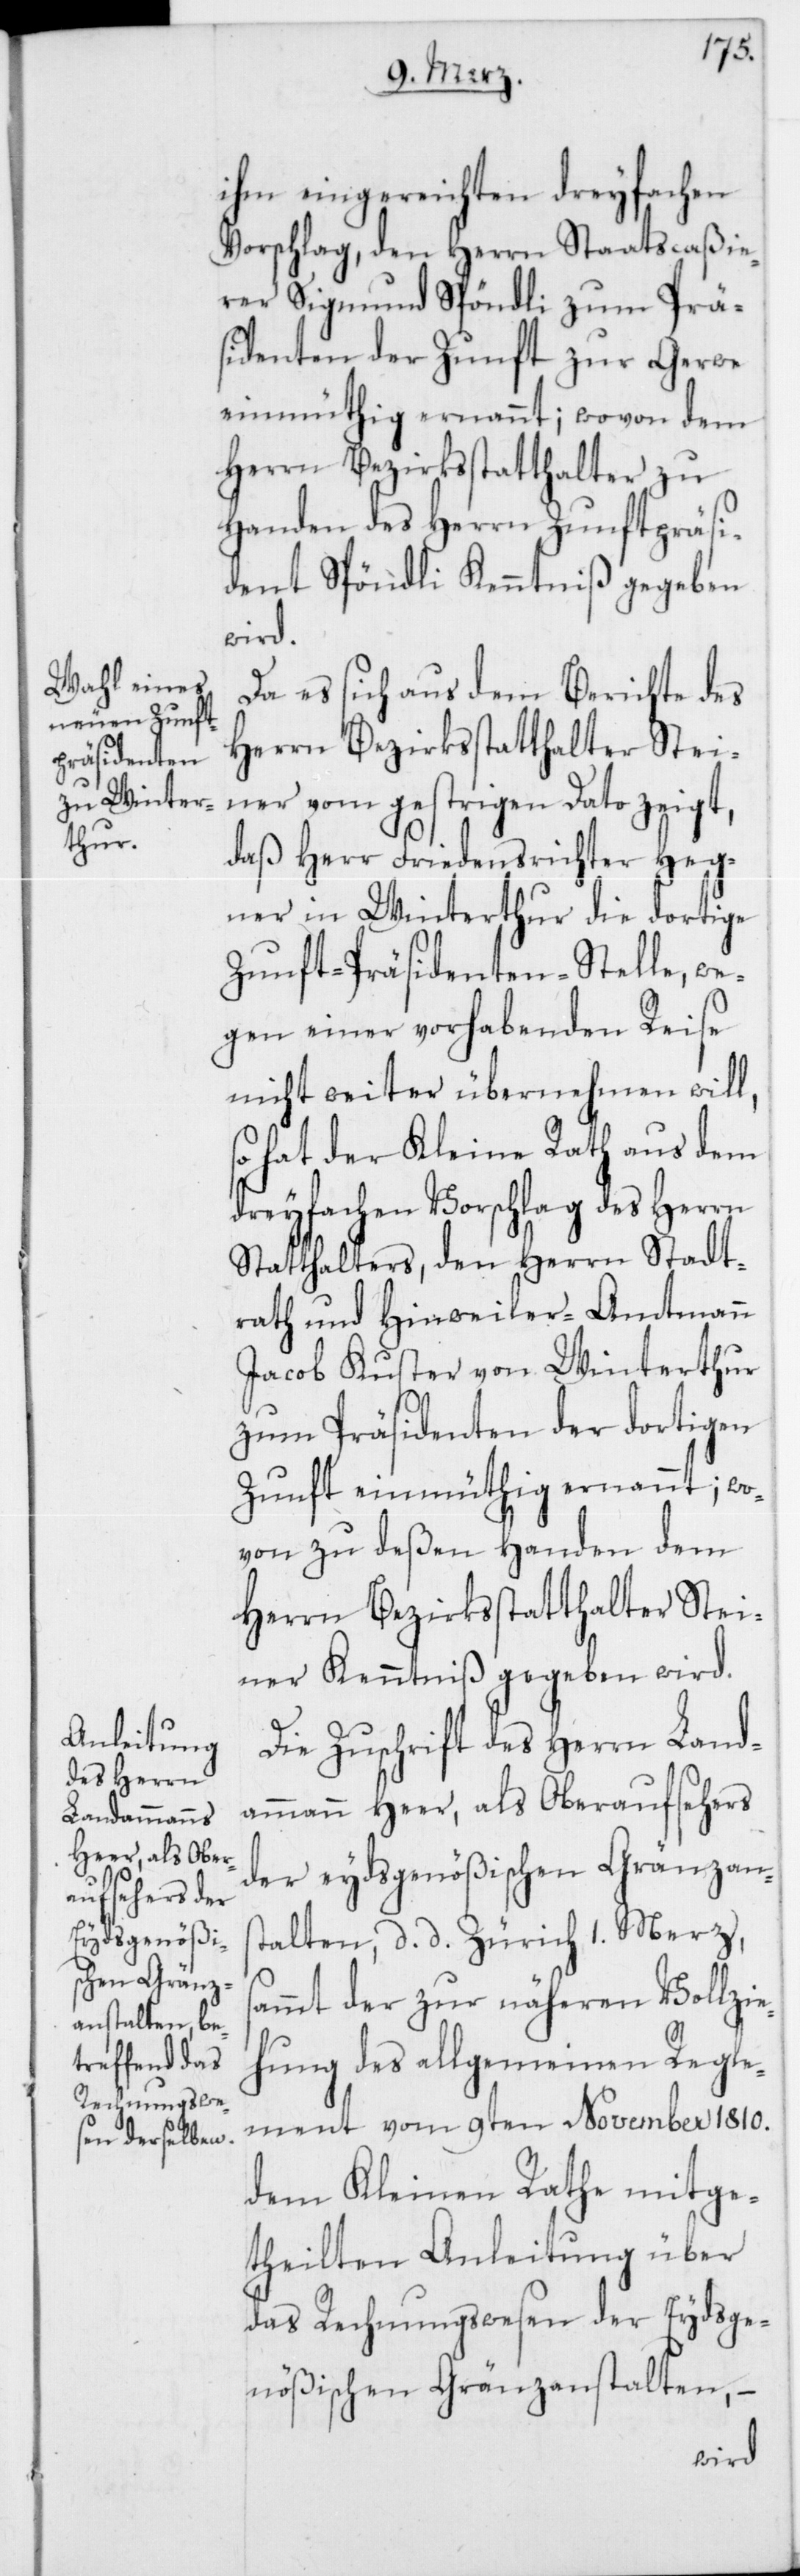
ihm eingereichten dreyfachen
Vorschlag, den Herrn Staatscaßie¬
rer Sigmund Spöndli zum Prä¬
sidenten der Zunft zur Gerwe
einmüthig ernannt; wovon dem
Herrn Bezirksstatthalter zu
Handen des Herrn Zunftpräsi¬
dent Spöndli Kenntniß gegeben
wird.
Da es sich aus dem Berichte des
Herrn Bezirksstatthalter Stei¬
ner vom gestrigen Dato zeigt,
daß Herr Friedensrichter Heg¬
ner in Winterthur die dortige
Zunft-Präsidenten-Stelle, we¬
gen einer vorhabenden Reise
nicht weiter übernehmen will,
hat der Kleine Rath aus dem
dreyfachen Vorschlag des Herrn
Statthalters, den Herrn Stadt¬
rath und Hinweiler-Amtmann
Jacob Kuster von Winterthur
zum Präsidenten der dortigen
Zunft einmüthig ernannt; wo¬
von zu deßen Handen dem
Herrn Bezirksstatthalter Stei¬
ner Kenntniß gegeben wird.
Die Zuschrift des Herrn Land¬
ammann Heer, als Oberaufsehers
der eydsgenößischen Gränzans¬
talten, d. d. Zürich 1. Merz,
sammt der zur näheren Vollzie¬
hung des allgemeinen Regle¬
ment vom 9ten November 1810.
dem Kleinen Rathe mitge¬
theilten Anleitung über
das Rechnungswesen der Eydsge¬
nößischen Gränzanstalten, –